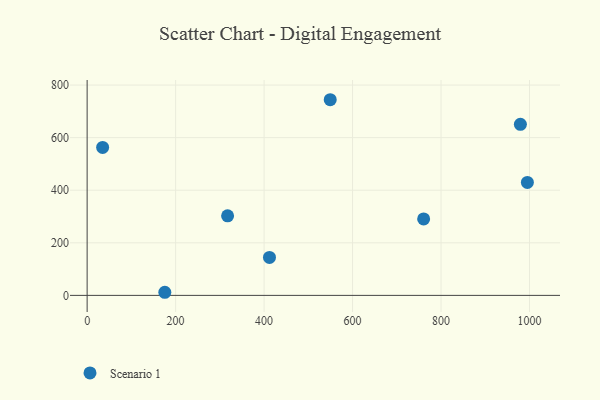
{"axis": {"x": "Distance", "y": "Demand"}, "legend": ["Scenario 1"], "data": [{"x": "995.2", "y": 429.6, "type": "Scenario 1"}, {"x": "549.5", "y": 744.2, "type": "Scenario 1"}, {"x": "760.7", "y": 290.8, "type": "Scenario 1"}, {"x": "35.0", "y": 562.7, "type": "Scenario 1"}, {"x": "317.5", "y": 302.6, "type": "Scenario 1"}, {"x": "175.6", "y": 11.8, "type": "Scenario 1"}, {"x": "412.2", "y": 144.3, "type": "Scenario 1"}, {"x": "979.4", "y": 650.6, "type": "Scenario 1"}]}